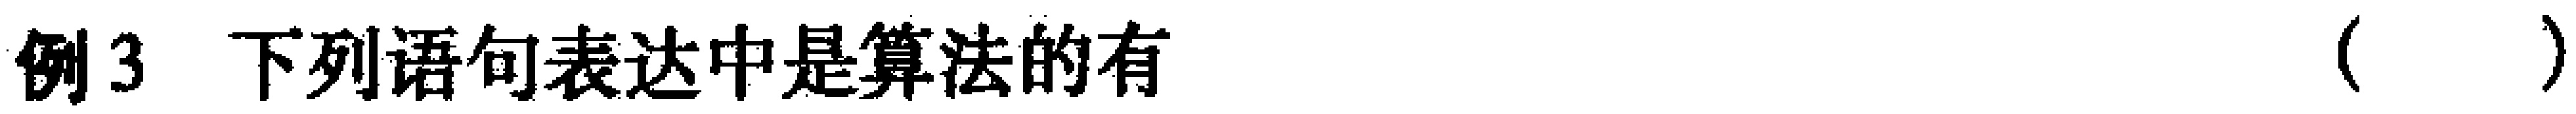
例3 下列语句表达中是算法的有（  ）